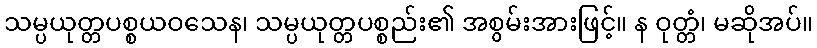
သမ္ပယုတ္တပစ္စယဝသေန၊ သမ္ပယုတ္တပစ္စည်း၏ အစွမ်းအားဖြင့်။ န ဝုတ္တံ၊ မဆိုအပ်။